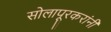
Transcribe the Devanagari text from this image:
सोलापूरकरांनी